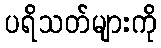
ပရိသတ်များကို